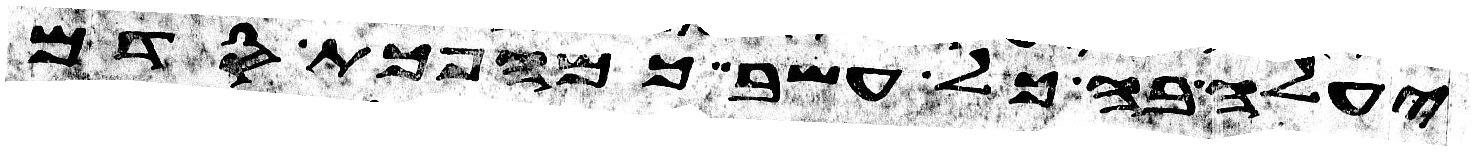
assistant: יעלה בה כל עשב כמהפכת סדם